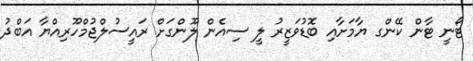
ޓޯނީ ޓާން ކޭންގ ޔާމަށާއި ބޮޑުވަޒީރު ލީ ސިއެން ލޫންގަށް ރައީސުލްޖުމްހޫރިއްޔާ އަބްދު